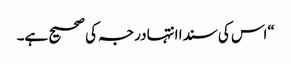
“اس کی سندا انتہا درجہ کی صحیح ہے۔